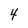
Character: 4